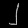
Digit: ၂